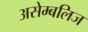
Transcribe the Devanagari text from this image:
असेम्बलिज